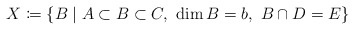
\begin{align*}X \coloneqq \{B\mid A\subset B\subset C,\ \dim B = b,\ B\cap D = E\}\end{align*}